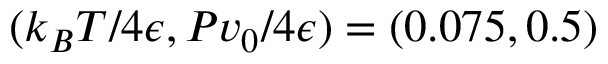
( k _ { B } T / 4 \epsilon , P v _ { 0 } / 4 \epsilon ) = ( 0 . 0 7 5 , 0 . 5 )